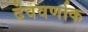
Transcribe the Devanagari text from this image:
देववर्णाक